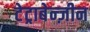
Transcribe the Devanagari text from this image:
टेट्राबेन्ज़ीन